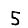
Digit: 5